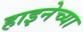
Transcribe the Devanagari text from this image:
हाइनेच्या